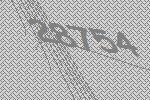
28754